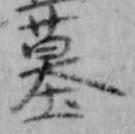
墓